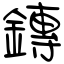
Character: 鏄